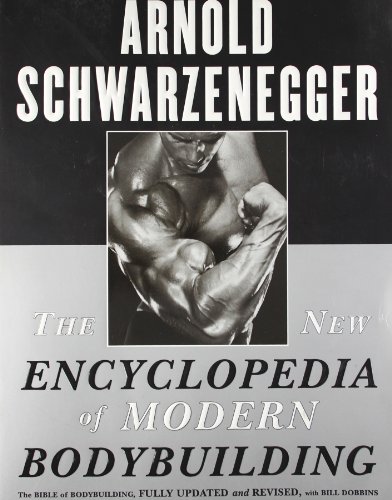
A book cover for The New Encyclopedia of Modern Bodybuilding : The Bible of Bodybuilding, Fully Updated and Revised; Arnold Schwarzenegger; Health, Fitness & Dieting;